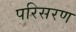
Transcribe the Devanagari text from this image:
परिसरण